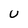
Character: U